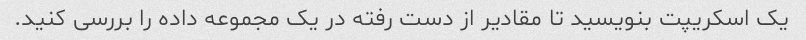
یک اسکریپت بنویسید تا مقادیر از دست رفته در یک مجموعه داده را بررسی کنید.